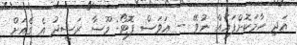
އަދި ހާމަކޮށްފައެއް ނުވޭ -- އަވަސް ފޮޓޯ: މޫސާ ރަޝީދު އެ ގެއަށް